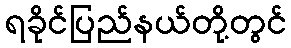
ရခိုင်ပြည်နယ်တို့တွင်